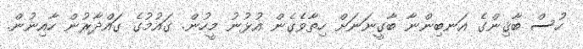
ހުސް ބާޤިންގެ އަނބިންނާ ބާގީނަނަށް ހިތާވެގެން އުޅުނު މީހުން. ގައުމުގެ ގައްދާރުން ހާއިނުން.